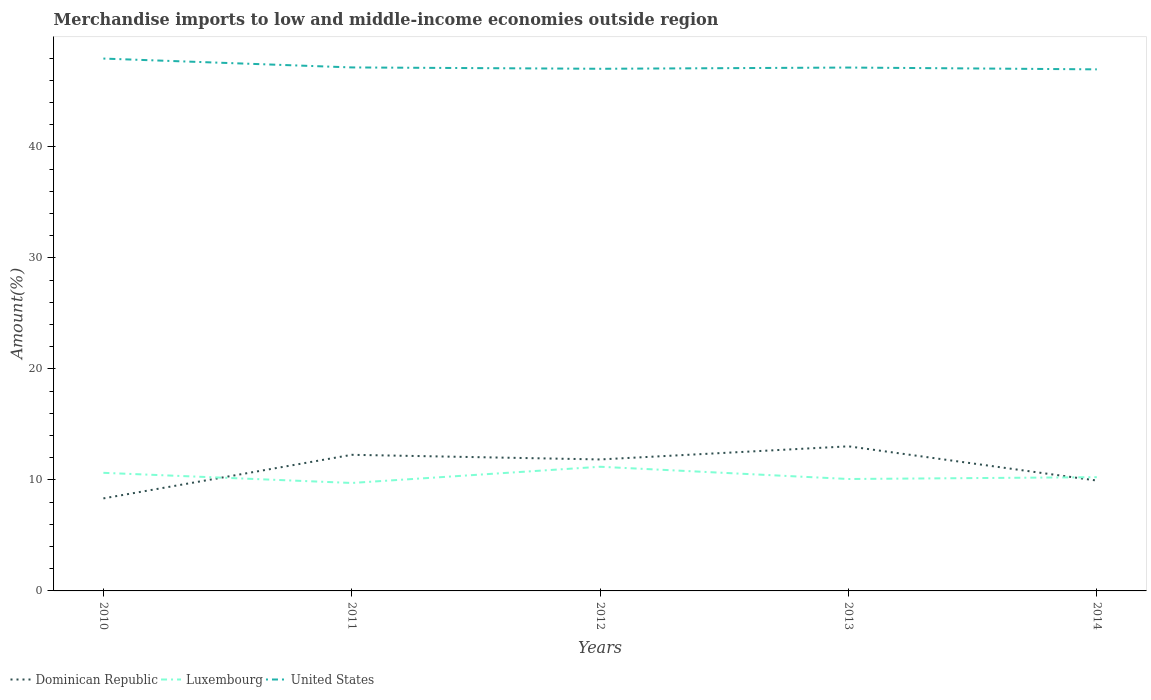
| Years | Dominican Republic | Luxembourg | United States |
 | --- | --- | --- | --- |
 | 2010 | 8.33 | 10.6 | 48 |
 | 2011 | 12.3 | 9.72 | 47.2 |
 | 2012 | 11.8 | 11.2 | 47 |
 | 2013 | 13 | 10.1 | 47.1 |
 | 2014 | 9.94 | 10.2 | 47 |